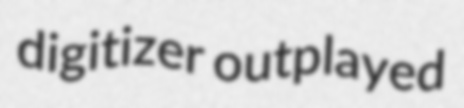
digitizer outplayed